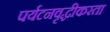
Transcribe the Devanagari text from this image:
पर्यटनवृद्धीकरता